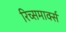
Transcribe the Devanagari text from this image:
रिच्समार्क्स